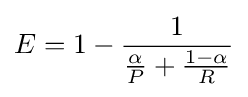
E=1-{\frac {1}{{\frac {\alpha }{P}}+{\frac {1-\alpha }{R}}}}